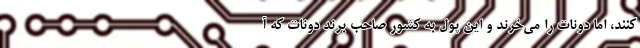
کنند، اما دونات را می‌خرند و این پول به کشور صاحب برند دونات که آ